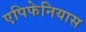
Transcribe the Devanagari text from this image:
एपिफेनियास